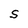
Character: S